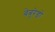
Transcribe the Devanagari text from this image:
बेबुरेडों